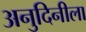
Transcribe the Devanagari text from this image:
अनुदिनीला